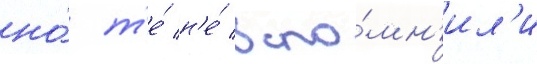
но́ т'е́ н'е́ вспо́мн'ил'и